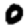
Digit: 0